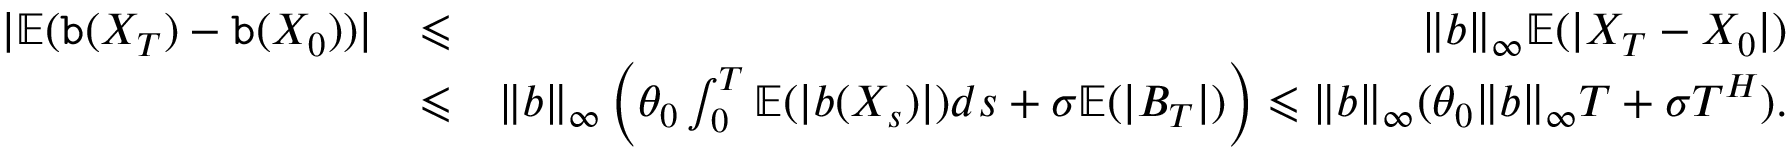
\begin{array} { r l r } { | \mathbb E ( { \tt b } ( X _ { T } ) - { \tt b } ( X _ { 0 } ) ) | } & { \leqslant } & { \| b \| _ { \infty } \mathbb E ( | X _ { T } - X _ { 0 } | ) } \\ & { \leqslant } & { \| b \| _ { \infty } \left( \theta _ { 0 } \int _ { 0 } ^ { T } \mathbb E ( | b ( X _ { s } ) | ) d s + \sigma \mathbb E ( | B _ { T } | ) \right) \leqslant \| b \| _ { \infty } ( \theta _ { 0 } \| b \| _ { \infty } T + \sigma T ^ { H } ) . } \end{array}